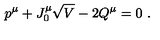
p ^ { \mu } + J _ { 0 } ^ { \mu } \sqrt { V } - 2 Q ^ { \mu } = 0 \ .